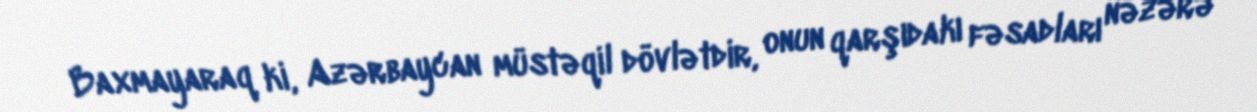
Baxmayaraq ki, Azərbaycan müstəqil dövlətdir, onun qarşıdakı fəsadları nəzərə